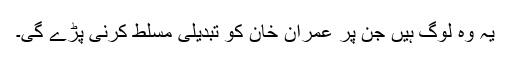
یہ وہ لوگ ہیں جن پر عمران خان کو تبدیلی مسلط کرنی پڑے گی۔